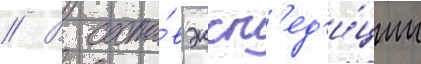
// В соста́в эксп'ед'и́ции